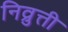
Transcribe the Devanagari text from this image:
निव्रुत्ती